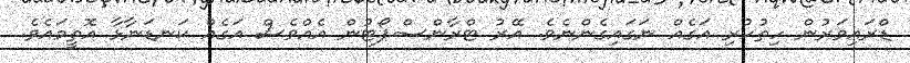
ޑްރައިވަރުން ހިތުހުރި އަގެއް ނަގައިގެންނެވެ. އޭރު ޓްރާންސްޕޯޓުން އެއްވެސް އަގެއް ކަނޑަނާޅާ އޮތީމައެވެ.